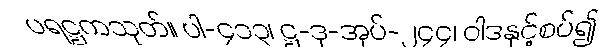
ပရဋ္ဌကသုတ်။ ပါ-၄၁၃၊ ဋ္ဌ-ဒု-အုပ်-၂၄၄၊ ဝါဒနှင့်စပ်၍